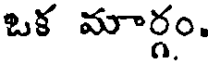
ఒక మార్గం.